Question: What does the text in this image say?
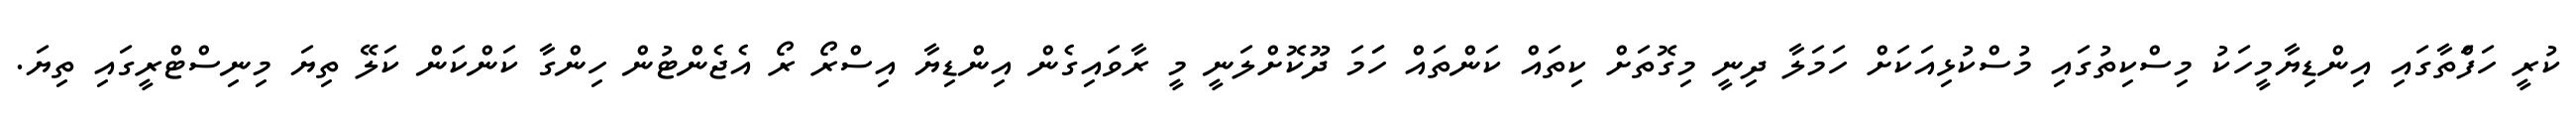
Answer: ކުރީ ހަފަްތާގައި އިންޑިޔާމީހަކު މިސްކިތުގައި މުސްކުޅިއަކަށް ހަމަލާ ދިނީ މިގޮތަށް ކިތައް ކަންތައް ހަަމަ ދޫކޮށްލަނީ މީ ރާވައިގެން އިންޑިޔާ އިސްރޯ ރޯ އެޖެންޓުން ހިންގާ ކަންކަން ކަލޭ ތިޔަ މިނިސްޓްރީގައި ތިޔަ.